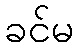
ခင်မ